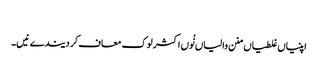
‏
اپنیاں غلطیاں منن والیاں نُوں اکثر لوک معاف کر دیندے نیں۔